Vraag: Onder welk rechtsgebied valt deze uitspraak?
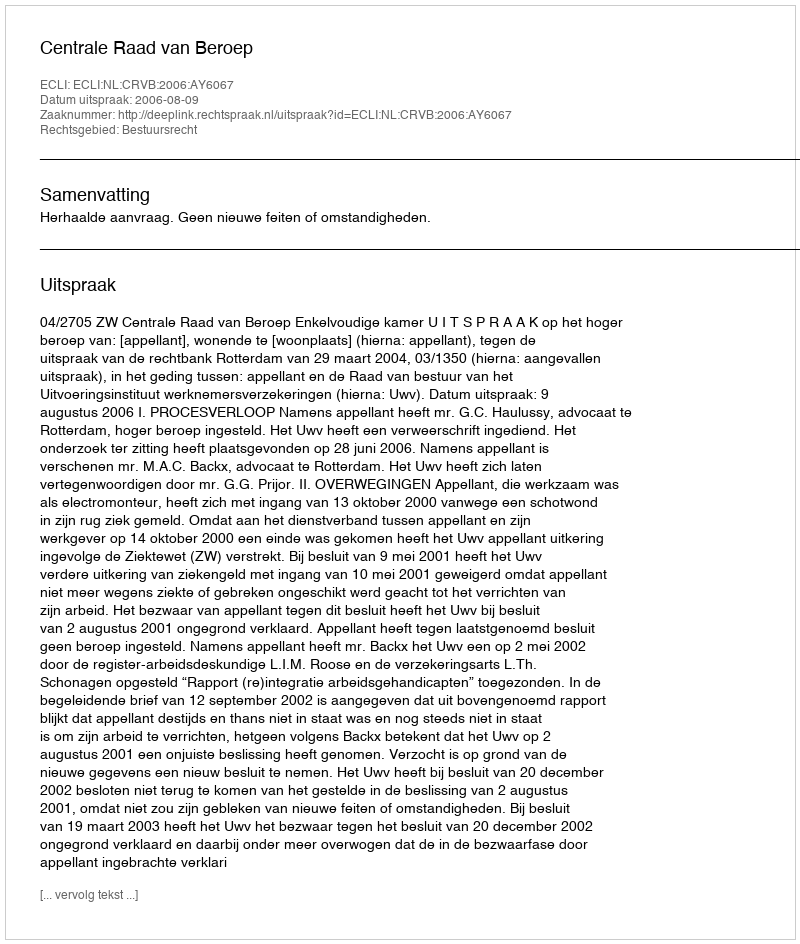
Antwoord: Bestuursrecht